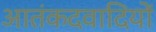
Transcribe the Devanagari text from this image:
आतंकदवादियों